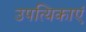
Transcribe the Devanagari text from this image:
उपत्यिकाएं